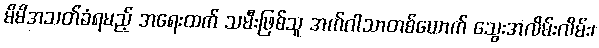
မိမိအသတ်ခံရမည့် အရေးထက် သမီးဖြစ်သူ အက်ဂါသာတစ်ယောက် သွေးအလိမ်းလိမ်း၊